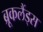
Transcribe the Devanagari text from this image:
ब्रूकलैंड्स